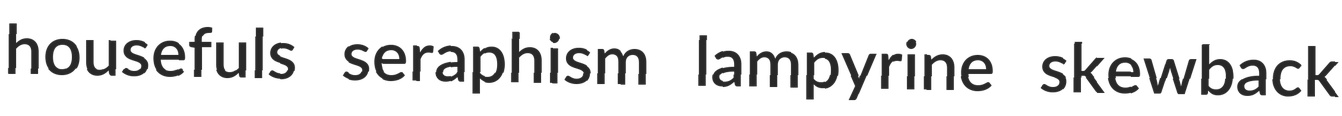
housefuls seraphism lampyrine skewback